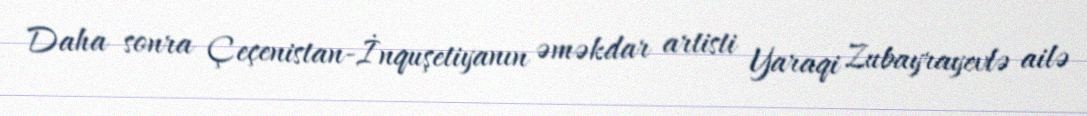
Daha sonra Çeçenistan-İnquşetiyanın əməkdar artisti Yaraqi Zubayrayevlə ailə